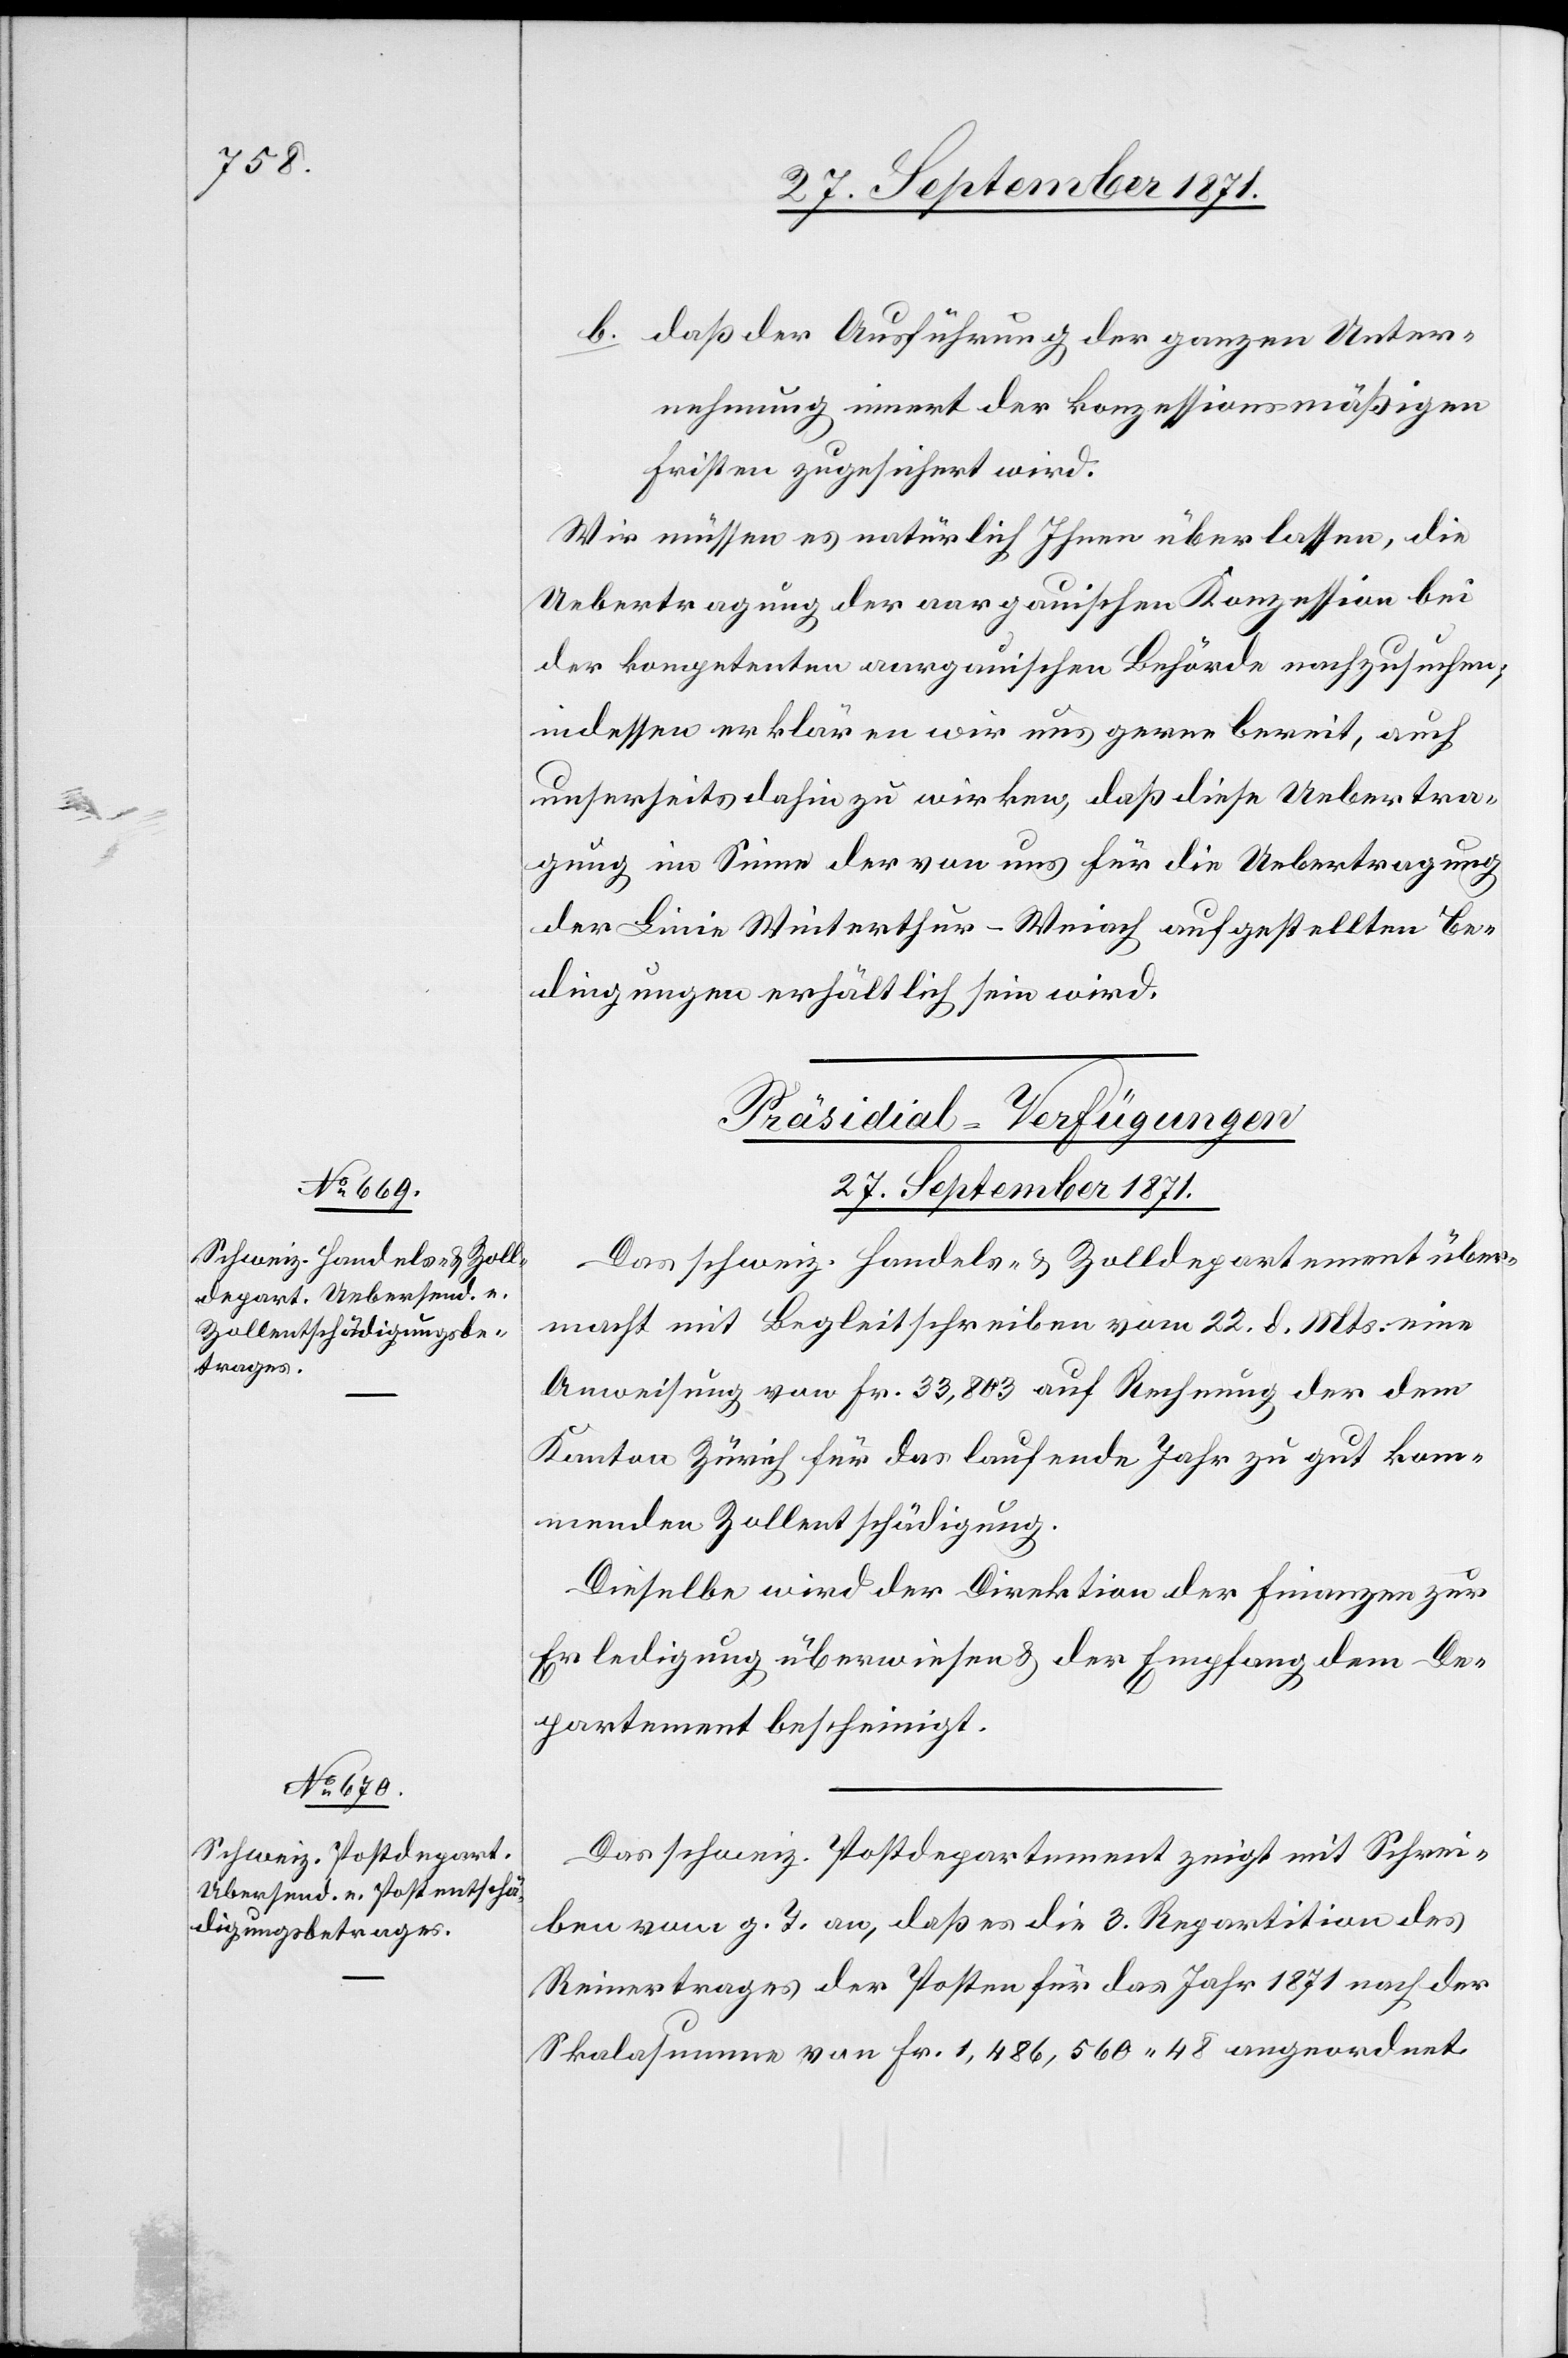
b. daß der Ausführung der ganzen Unter¬
nehmung innert der konzessionsmäßigen
Fristen zugesichert wird.
Wir müssen es natürlich Ihnen überlassen, die
Uebertragung der aargauischen Konzession bei
der kompetenten aargauischen Behörde nachzusuchen;
indessen erklären wir uns gerne bereit, auch
unsererseits dahin zu wirken, daß diese Uebertra¬
gung im Sinne der von uns für die Uebertragung
der Linie Winterthur–Weiach aufgestellten Be¬
dingungen erhältlich sein wird.
[Präsidial-Verfügungen.
27. September 1871.]
Das schweiz. Handels- & Zolldepartement über¬
macht mit Begleitschreiben vom 22. d. Mts. eine
Anweisung von Fr. 33,803 auf Rechnung der dem
Kanton Zürich für das laufende Jahr zu gut ko¬
mmenden Zollentschädigung.
Dieselbe wird der Direktion der Finanzen zur
Erledigung überwiesen & der Empfang dem De¬
partement bescheinigt.
Das schweiz. Postdepartement zeigt mit Schrei¬
ben vom g. T. an, daß es die 3. Repartition des
Reinertrages der Posten für das Jahr 1871 nach der
Skalasumme von Fr. 1,486,560.48 angeordnet